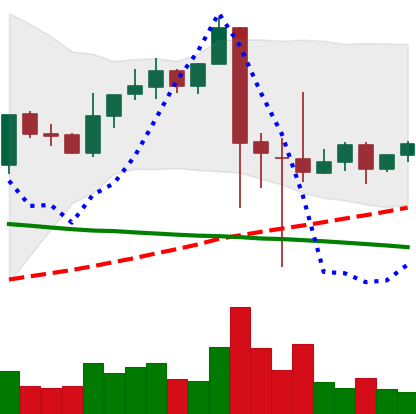
Ticker: XRP-USD
Chart end date: 2021-09-15
Forward return: -18.21%
Label: down_7plus